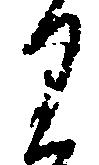
り